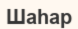
Шаһар